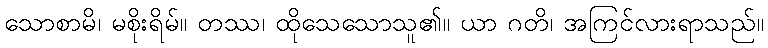
သောစာမိ၊ မစိုးရိမ်။ တဿ၊ ထိုသေသောသူ၏။ ယာ ဂတိ၊ အကြင်လားရာသည်။